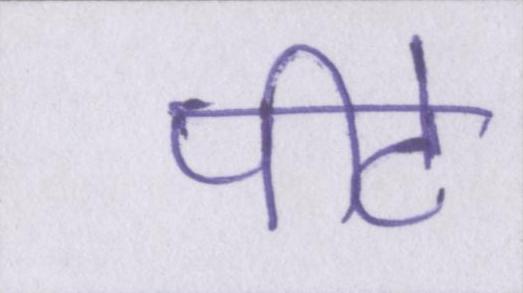
पीटे